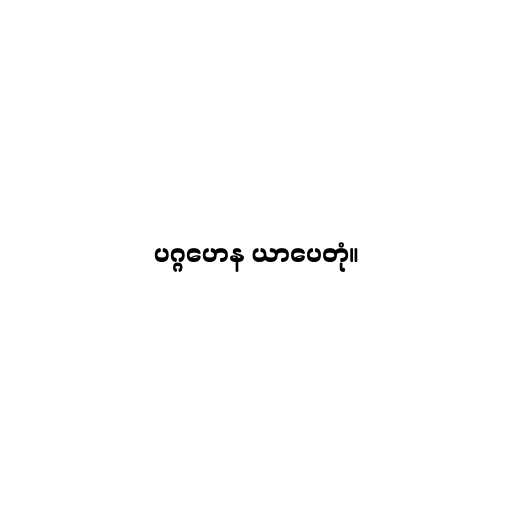
ပဂ္ဂဟေန ယာပေတုံ။